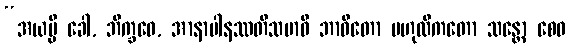
“အယမ္ပိ ခေါ, ဘိက္ခဝေ, အာနာပါနဿတိသမာဓိ ဘာဝိတော ဗဟုလီကတော သန္တော စေဝ